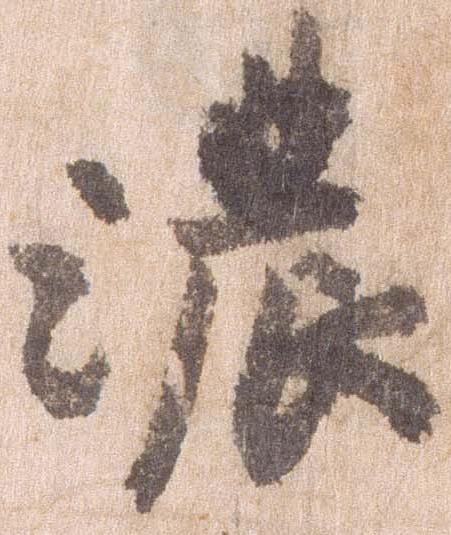
濃